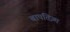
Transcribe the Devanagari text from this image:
बापतिज़्म